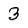
Character: 3